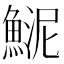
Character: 𩸦